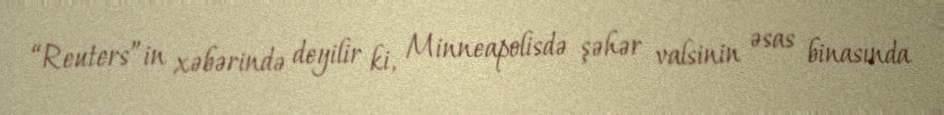
“Reuters”in xəbərində deyilir ki, Minneapolisdə şəhər valsinin əsas binasında